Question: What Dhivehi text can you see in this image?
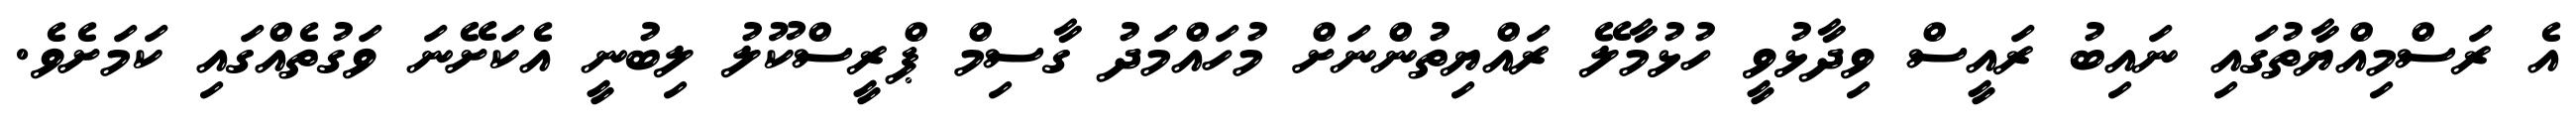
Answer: އެ ރަސްމިއްޔާތުގައި ނައިބު ރައީސް ވިދާޅުވީ ހުޅުމާލޭ ރައްޔިތުންނަށް މުހައްމަދު ގާސިމް ޕްރީސްކޫލު ލިބުނީ އެކަށޭނަ ވަގުތެއްގައި ކަމަށެވެ.